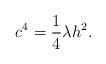
LaTeX: \begin{align*}c^4 = \frac 14\lambda h^2.\end{align*}